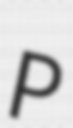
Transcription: P